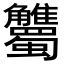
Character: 𧥘